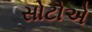
સોટોએ